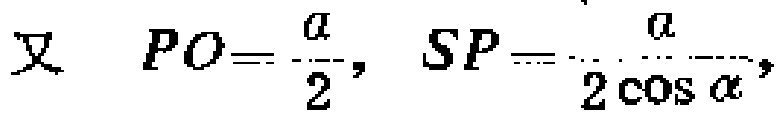
又 \(PO = \frac{a}{2},\ SP = \frac{a}{2\cos\alpha},\)